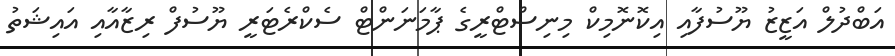
އަބްދުލް އަޒީޒު ޔޫސުފާއި އިކޮނޮމިކް މިނިސްޓްރީގެ ޕާމަނަންޓް ސެކްރެޓަރީ ޔޫސުފް ރިޒާއާއި އައިޝަތު